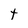
Character: t